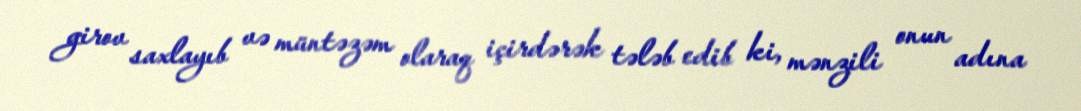
girov saxlayıb və müntəzəm olaraq içirdərək tələb edib ki, mənzili onun adına